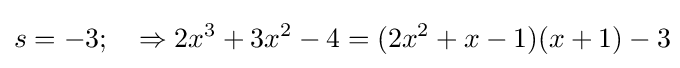
s=-3;\quad \Rightarrow 2x^{3}+3x^{2}-4=(2x^{2}+x-1)(x+1)-3\!